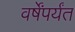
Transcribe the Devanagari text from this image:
वर्षेंपर्यंत